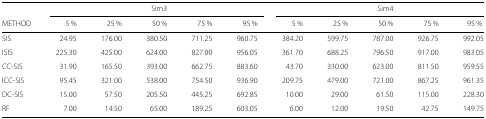
|  |  |  | Sim3 |  |  |  |  | Sim4 |  |  |
 | METHOD | 5 % | 25 % | 50 % | 75 % | 95 % | 5 % | 25 % | 50 % | 75 % | 95 % |
 | --- | --- | --- | --- | --- | --- | --- | --- | --- | --- | --- |
 | SIS | 24.95 | 176.00 | 380.50 | 711.25 | 960.75 | 384.20 | 599.75 | 787.00 | 926.75 | 992.05 |
 | ISIS | 225.30 | 425.00 | 624.00 | 827.00 | 956.05 | 361.70 | 688.25 | 796.50 | 917.00 | 983.05 |
 | CC-SIS | 31.90 | 165.50 | 393.00 | 662.75 | 883.60 | 43.70 | 330.00 | 623.00 | 811.50 | 959.55 |
 | ICC-SIS | 95.45 | 321.00 | 538.00 | 754.50 | 936.90 | 209.75 | 479.00 | 721.00 | 867.25 | 961.35 |
 | DC-SIS | 15.00 | 57.50 | 205.50 | 445.25 | 692.85 | 10.00 | 29.00 | 61.50 | 115.00 | 228.30 |
 | RF | 7.00 | 14.50 | 65.00 | 189.25 | 603.05 | 6.00 | 12.00 | 19.50 | 42.75 | 149.75 |